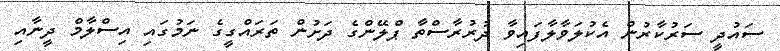
ސައުދީ ސަރުކާރުން އެކުލަވާލާފައިވާ ދުރުރާސްތާ ޕްލޭންގެ ދަށުން ތަރައްގީގެ ނަމުގައި އިސްލާމް ދީނާއި